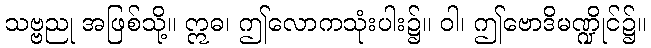
သဗ္ဗညု အဖြစ်သို့။ ဣဓ၊ ဤလောကသုံးပါး၌။ ဝါ၊ ဤဗောဒိမဏ္ဍိုင်၌။